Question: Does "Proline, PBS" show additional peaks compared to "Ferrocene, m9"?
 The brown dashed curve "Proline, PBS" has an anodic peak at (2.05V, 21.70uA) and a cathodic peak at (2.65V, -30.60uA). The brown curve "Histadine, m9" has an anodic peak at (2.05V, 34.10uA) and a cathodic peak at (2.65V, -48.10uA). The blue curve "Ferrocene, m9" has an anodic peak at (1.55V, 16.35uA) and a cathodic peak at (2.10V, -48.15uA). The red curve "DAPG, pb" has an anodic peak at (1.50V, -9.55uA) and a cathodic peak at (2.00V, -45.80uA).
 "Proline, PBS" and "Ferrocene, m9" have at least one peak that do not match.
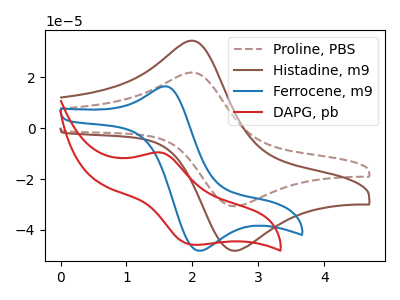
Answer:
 <answer>Yes, "Proline, PBS" and "Ferrocene, m9" are different in shape.</answer>
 <eval>yes_change</eval>